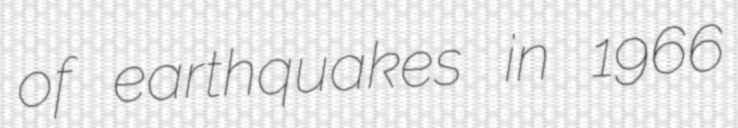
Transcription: of earthquakes in 1966